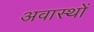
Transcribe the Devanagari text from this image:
अवास्थों